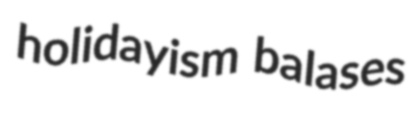
holidayism balases